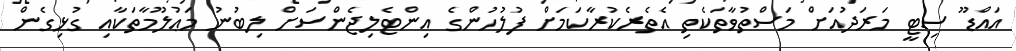
އައްޑޫ ސިޓީ މަރަދުއަށް މަސްތުވާތަކެތި އެތެރެކުރާކަމަށް ފުލުހުންގެ އިންޓެލިޖެންސަށް ލިބުނު މަޢުލޫމާތަކާއި ގުޅިގެން